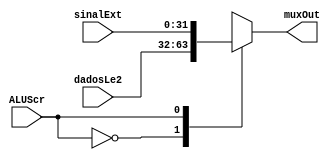
module muxALU (input wire[31:0] dadosLe2, input wire [31:0] sinalExt, input wire ALUScr, output wire [31:0] muxOut);
	reg [31:0] x;
	
	always @(ALUScr or dadosLe2 or sinalExt)
	begin
		case(ALUScr)
			0: x <= dadosLe2;
			1: x <= sinalExt;
			default: x <= 0;
		endcase
	end
	
	assign muxOut = x;

endmodule

//modulo q define qual das duas entradas a ALU ira receber